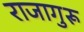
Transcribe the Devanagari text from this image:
राजागुरू